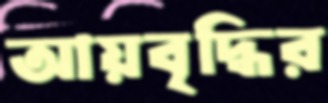
আয়বৃদ্ধির